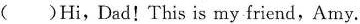
( )Hi,Dad!This is my friend,Amy.